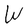
Character: W